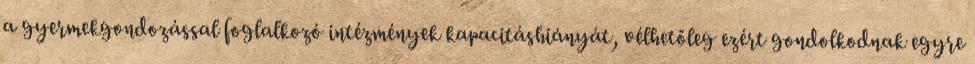
a gyermekgondozással foglalkozó intézmények kapacitáshiányát, vélhetőleg ezért gondolkodnak egyre